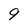
Character: 9